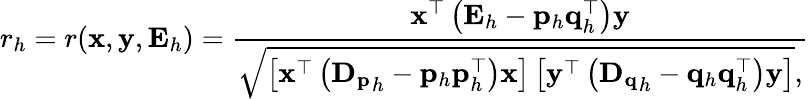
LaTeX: r_{h}=r(\textbf{x},\textbf{y},\mathbf{E}_{h})=\frac{\mathbf{x}^{\top}\left(\mathbf{E}_{h}-\mathbf{p}_{h}\mathbf{q}_{h}^{\top}\right)\mathbf{y}}{\sqrt{\left[\mathbf{x}^{\top}\left(\mathbf{D_{p}}_{h}-\mathbf{p}_{h}\mathbf{p}_{h}^{\top}\right)\mathbf{x}\right]\left[\mathbf{y}^{\top}\left(\mathbf{D_{q}}_{h}-\mathbf{q}_{h}\mathbf{q}_{h}^{\top}\right)\mathbf{y}\right]},}